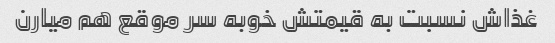
غذاش نسبت به قیمتش خوبه سر موقع هم میارن